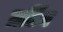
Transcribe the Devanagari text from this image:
ग्रटिंग